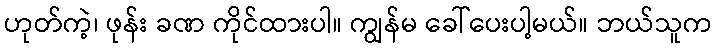
ဟုတ်ကဲ့၊ ဖုန်း ခဏ ကိုင်ထားပါ။ ကျွန်မ ခေါ်ပေးပါ့မယ်။ ဘယ်သူက